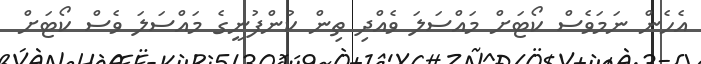
އެހެން ނަމަވެސް ކޯޓަށް މައްސަލަ ވެއްދި ތިން ކުންފުނީގެ މައްސަލަ ވެސް ކޯޓަށް